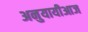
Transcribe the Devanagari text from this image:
अनुयायीआज